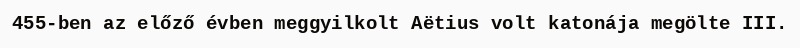
455-ben az előző évben meggyilkolt Aëtius volt katonája megölte III.